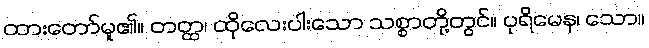
ထားတော်မူ၏။ တတ္ထ၊ ထိုလေးပါးသော သစ္စာတို့တွင်။ ပုရိမေန၊ သော။